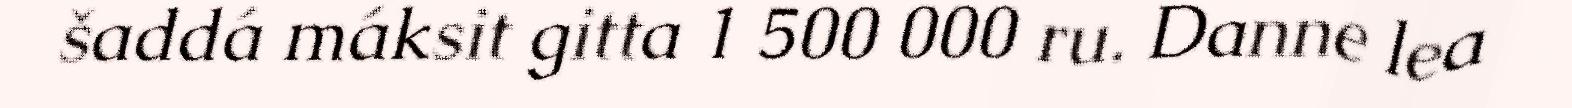
šaddá máksit gitta 1 500 000 ru. Danne lea